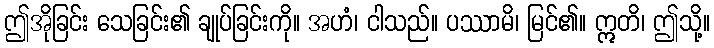
ဤအိုခြင်း သေခြင်း၏ ချုပ်ခြင်းကို။ အဟံ၊ ငါသည်။ ပဿာမိ၊ မြင်၏။ ဣတိ၊ ဤသို့။